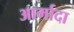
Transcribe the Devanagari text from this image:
आर्मादा